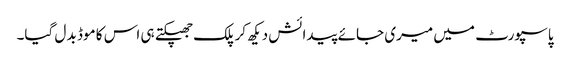
پاسپورٹ میں میری جائے پیدائش دیکھ کر پلک جھپکتے ہی اس کا موڈ بد ل گیا۔